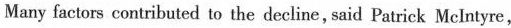
Many factors contributed to the decline,said Patrick Mclntyre,